Vaccination in Bombay 1869-1873 - 1869-1873
Year: 1869
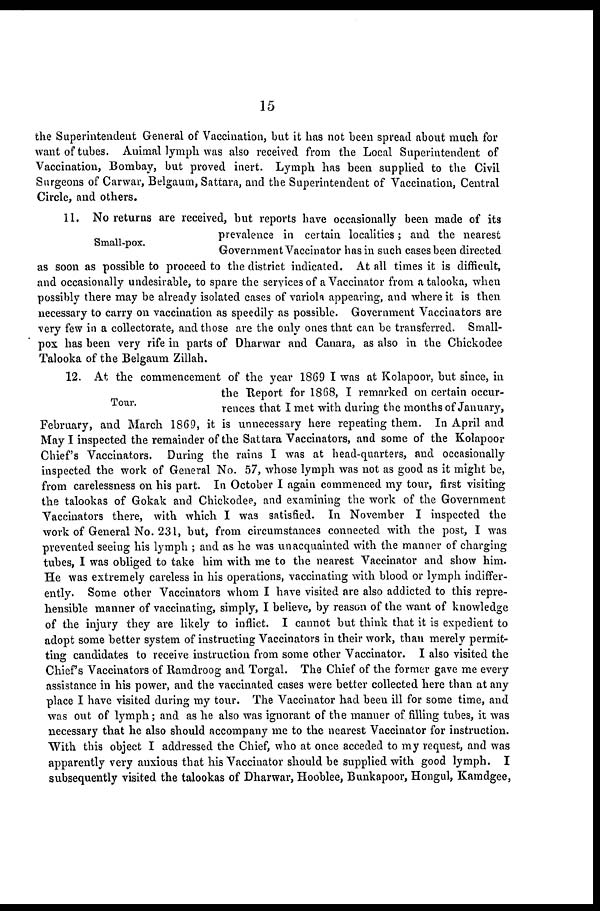
15
the Superintendent General of Vaccination, but it has not been spread about much for
want of tubes. Animal lymph was also received from the Local Superintendent of
Vaccination, Bombay, but proved inert. Lymph has been supplied to the Civil
Surgeons of Carwar, Belgaum, Sattara, and the Superintendent of Vaccination, Central
Circle, and others.
Small-pox.
11. No returns are received, but reports have occasionally been made of its
prevalence in certain localities; and the nearest
Government Vaccinator has in such cases been directed
as soon as possible to proceed to the district indicated. At all times it is difficult,
and occasionally undesirable, to spare the services of a Vaccinator from a talooka, when
possibly there may be already isolated cases of variola appearing, and where it is then
necessary to carry on vaccination as speedily as possible. Government Vaccinators are
very few in a collectorate, and those are the only ones that can be transferred. Small-
pox has been very rife in parts of Dharwar and Canara, as also in the Chickodee
Talooka of the Belgaum Zillah.
Tour.
12. At the commencement of the year 1869 I was at Kolapoor, but since, in
the Report for 1868, I remarked on certain occur-
rences that I met with during the months of January,
February, and March 1869, it is unnecessary here repeating them. In April and
May I inspected the remainder of the Sattara Vaccinators, and some of the Kolapoor
Chief's Vaccinators. During the rains I was at head-quarters, and occasionally
inspected the work of General No. 57, whose lymph was not as good as it might be,
from carelessness on his part. In October I again commenced my tour, first visiting
the talookas of Gokak and Chickodee, and examining the work of the Government
Vaccinators there, with which I was satisfied. In November I inspected the
work of General No. 231, but, from circumstances connected with the post, I was
prevented seeing his lymph ; and as he was unacquainted with the manner of charging
tubes, I was obliged to take him with me to the nearest Vaccinator and show him.
He was extremely careless in his operations, vaccinating with blood or lymph indiffer-
ently. Some other Vaccinators whom I have visited are also addicted to this repre-
hensible manner of vaccinating, simply, I believe, by reason of the want of knowledge
of the injury they are likely to inflict. I cannot but think that it is expedient to
adopt some better system of instructing Vaccinators in their work, than merely permit-
ting candidates to receive instruction from some other Vaccinator. I also visited the
Chiefs Vaccinators of Ramdroog and Torgal. The Chief of the former gave me every
assistance in his power, and the vaccinated cases were better collected here than at any
place I have visited during my tour. The Vaccinator had been ill for some time, and
was out of lymph; and as he also was ignorant of the manner of filling tubes, it was
necessary that he also should accompany me to the nearest Vaccinator for instruction.
With this object I addressed the Chief, who at once acceded to my request, and was
apparently very anxious that his Vaccinator should be supplied with good lymph. I
subsequently visited the talookas of Dharwar, Hooblee, Bunkapoor, Hongul, Kamdgee,